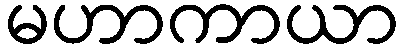
မဟာကာယာ